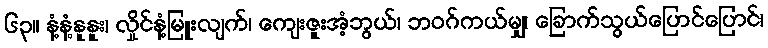
၆၃။ နံ့နံ့နူနူး၊ လှိုင်နံ့မြူးလျက်၊ ကျေးဇူးအံ့ဘွယ်၊ ဘဝဂ်ကယ်မျှ၊ ခြောက်သွယ်ပြောင်ပြောင်၊